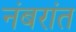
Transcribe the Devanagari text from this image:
नंबरांत